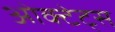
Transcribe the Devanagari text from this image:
ओक्टेट्स